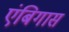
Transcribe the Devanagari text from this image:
एंबिगास